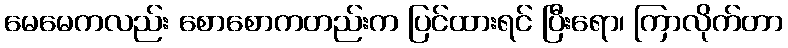
မေမေကလည်း စောစောကတည်းက ပြင်ထားရင် ပြီးရော၊ ကြာလိုက်တာ